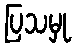
ပြသမှု